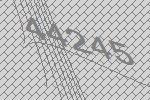
44245